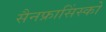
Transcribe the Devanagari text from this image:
सैनफ्रासिंस्को